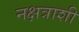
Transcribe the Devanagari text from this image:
नक्षत्राशी